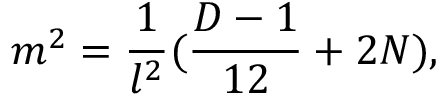
m ^ { 2 } = \frac { 1 } { l ^ { 2 } } ( \frac { D - 1 } { 1 2 } + 2 N ) ,